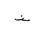
Letter: _non